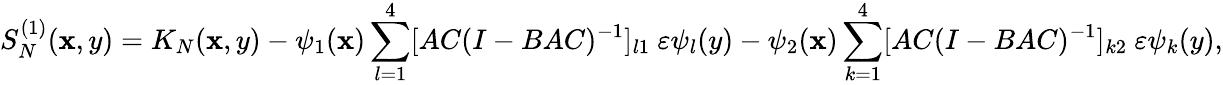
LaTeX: S_{N}^{(1)}(\mathbf{x},y)=K_{N}(\mathbf{x},y)-\psi_{1}(\mathbf{x})\sum_{l=1}^{4}[AC(I-BAC)^{-1}]_{l1}\ \varepsilon\psi_{l}(y)-\psi_{2}(\mathbf{x})\sum_{k=1}^{4}[AC(I-BAC)^{-1}]_{k2}\ \varepsilon\psi_{k}(y),